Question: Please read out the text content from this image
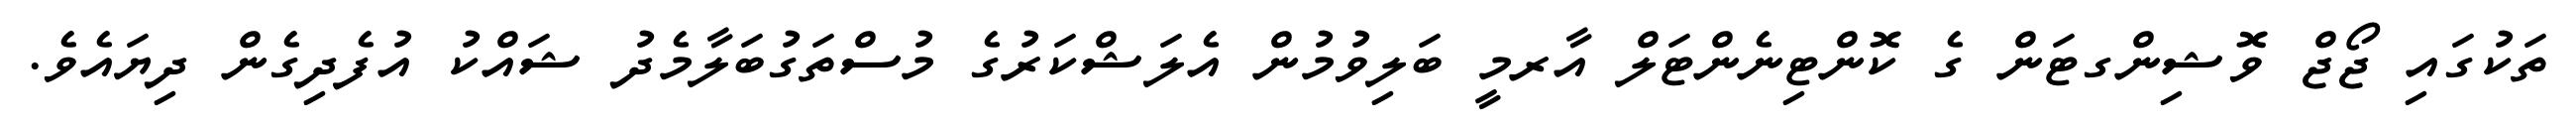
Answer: ތަކުގައި ޖޯޖް ވޮޝިންގޓަން ގެ ކޮންޓިނެންޓަލް އާރމީ ބަލިވުމުން އެލަޝްކަރުގެ މުސްތަގުބަލާމެދު ޝައްކު އުފެދިގެން ދިޔައެވެ.